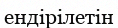
ендірілетін